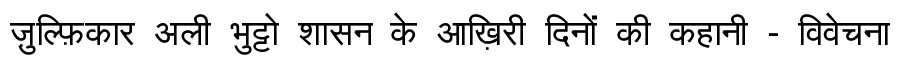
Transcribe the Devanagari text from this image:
ज़ुल्फ़िकार अली भुट्टो शासन के आख़िरी दिनों की कहानी - विवेचना